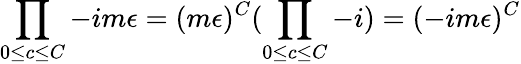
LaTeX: \prod_{0\leq c\leq C}-im\epsilon=(m\epsilon)^{C}(\prod_{0\leq c\leq C}-i)=(-im\epsilon)^{C}